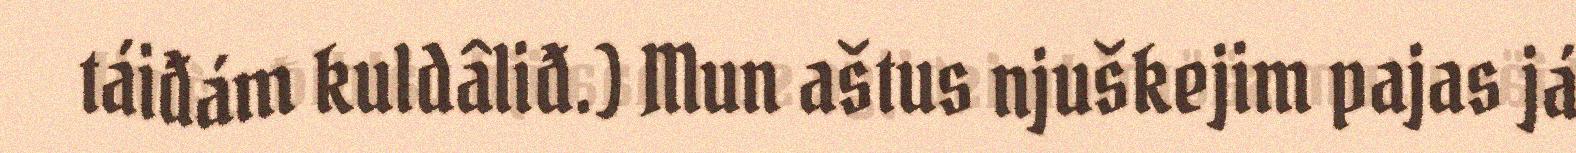
táiđám kuldâliđ.) Mun aštus njuškejim pajas já